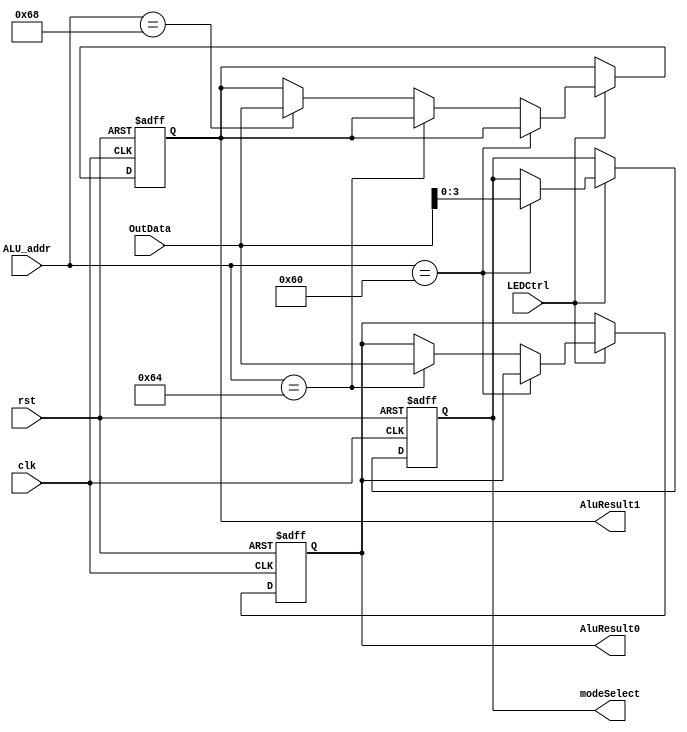
`timescale 1ns / 1ps

module Out(
    clk, 
    rst, 
    LEDCtrl,
    ALU_addr, 
    OutData, 
    modeSelect, 
    AluResult0, 
    AluResult1);
input clk;
input rst;
input LEDCtrl;
input [7:0]ALU_addr;
input [31:0] OutData;

output [3:0] modeSelect;
output [31:0] AluResult0;
output [31:0] AluResult1;


reg [3:0] modeSelect_reg;
reg [31:0] AluResult0_reg;
reg [31:0] AluResult1_reg;

assign modeSelect = modeSelect_reg;
assign AluResult0 = AluResult0_reg;
assign AluResult1 = AluResult1_reg;

always @(posedge clk or posedge rst) begin
    if (rst) begin
        modeSelect_reg <= 0;
        AluResult0_reg <= 0;
        AluResult1_reg <= 0;
    end
    else begin
        if (LEDCtrl) begin 
            if (ALU_addr == 8'h60) begin
               modeSelect_reg <= OutData[3:0];
            end
            else if(ALU_addr == 8'h64) begin
                AluResult0_reg <= OutData[31:0];
            end
            else if(ALU_addr == 8'h68) begin
                AluResult1_reg <= OutData[31:0];
            end
        end
    end
end

endmodule